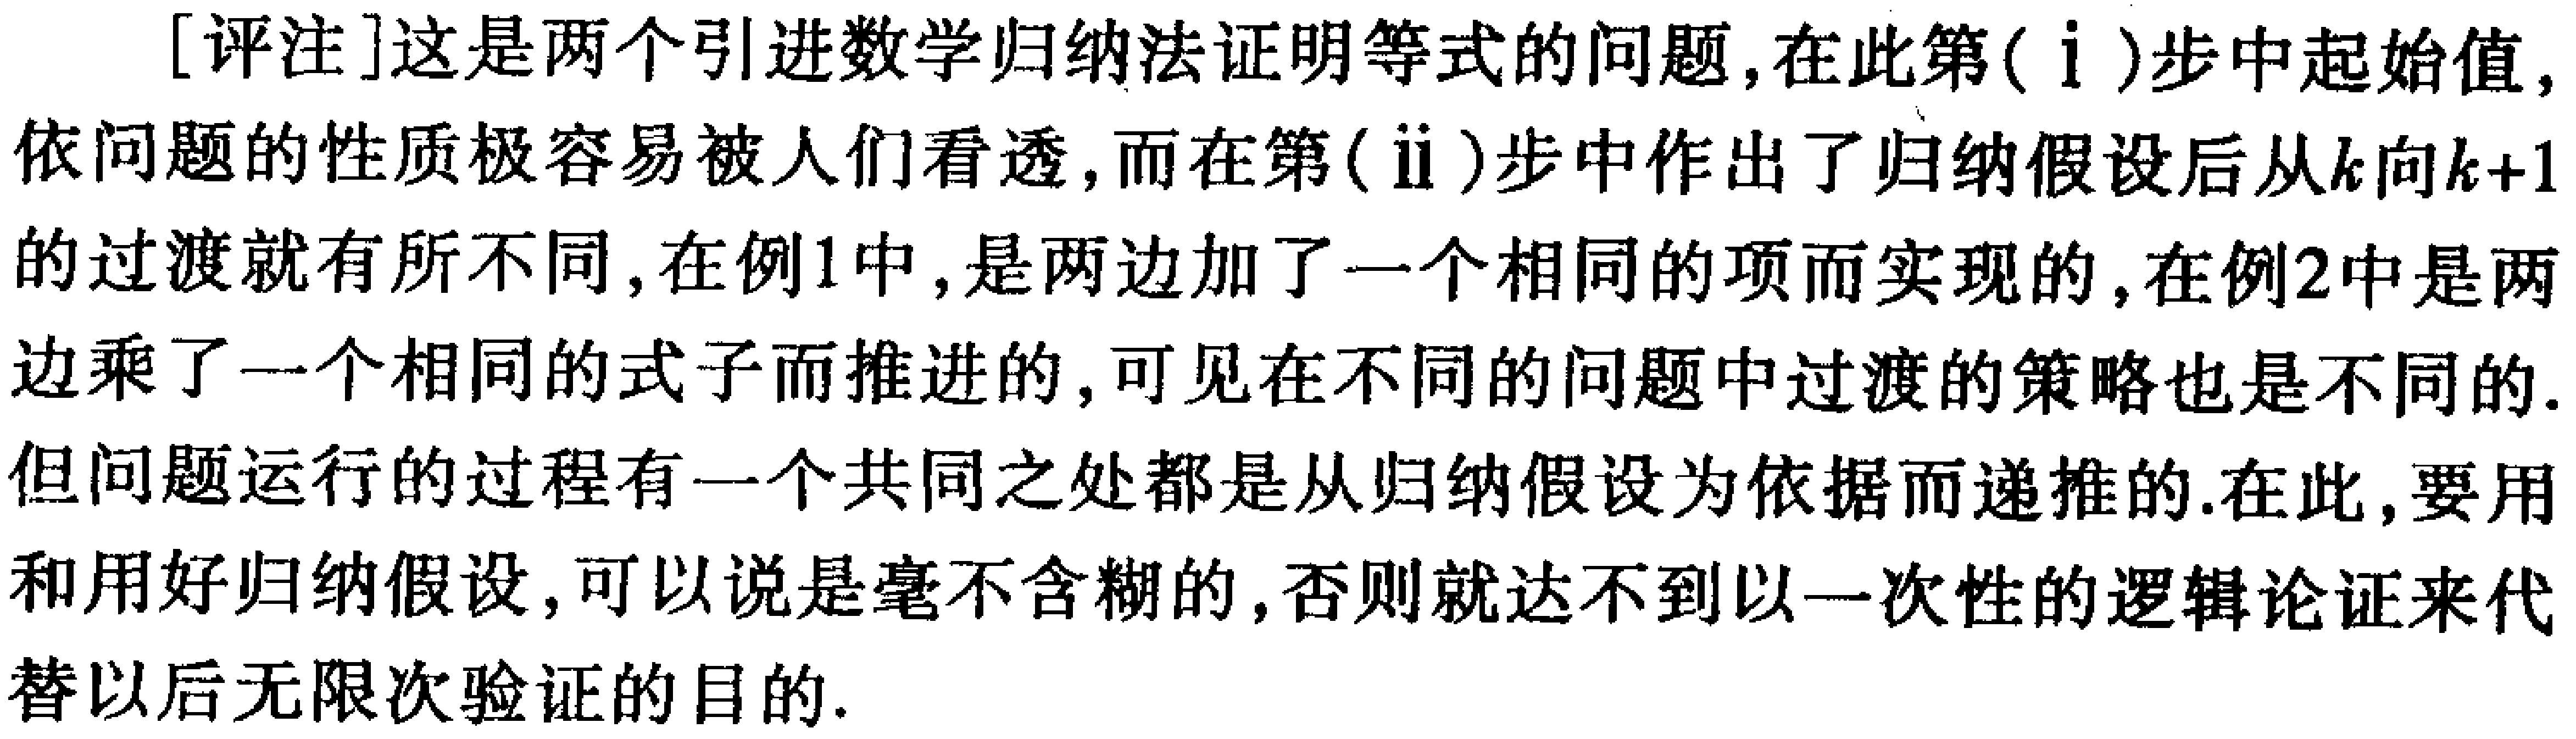
[评注]这是两个引进数学归纳法证明等式的问题,在此第(ⅰ)步中起始值,依问题的性质极容易被人们看透,而在第(ⅱ)步中作出了归纳假设后从\(k\)向\(k + 1\)的过渡就有所不同,在例1中,是两边加了一个相同的项而实现的,在例2中是两边乘了一个相同的式子而推进的,可见在不同的问题中过渡的策略也是不同的.但问题运行的过程有一个共同之处都是从归纳假设为依据而递推的.在此,要用和用好归纳假设,可以说是毫不含糊的,否则就达不到以一次性的逻辑论证来代替以后无限次验证的目的.